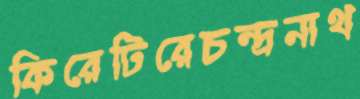
কিরেটিরেচন্দ্রনাথ